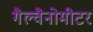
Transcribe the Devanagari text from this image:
गैल्वैनोमीटर